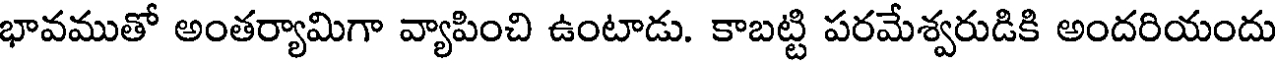
భావముతో అంతర్యామిగా వ్యాపించి ఉంటాడు. కాబట్టి పరమేశ్వరుడికి అందరియందు